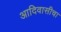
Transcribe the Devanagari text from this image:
आदिवासीचा